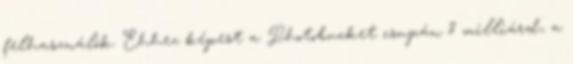
felhasználók. Ehhez képest a Photobucket csupán 8 milliárd, a